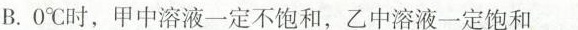
B.0℃时，甲中溶液一定不饱和，乙中溶液一定饱和